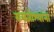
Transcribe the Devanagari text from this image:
रामजोश्यांना